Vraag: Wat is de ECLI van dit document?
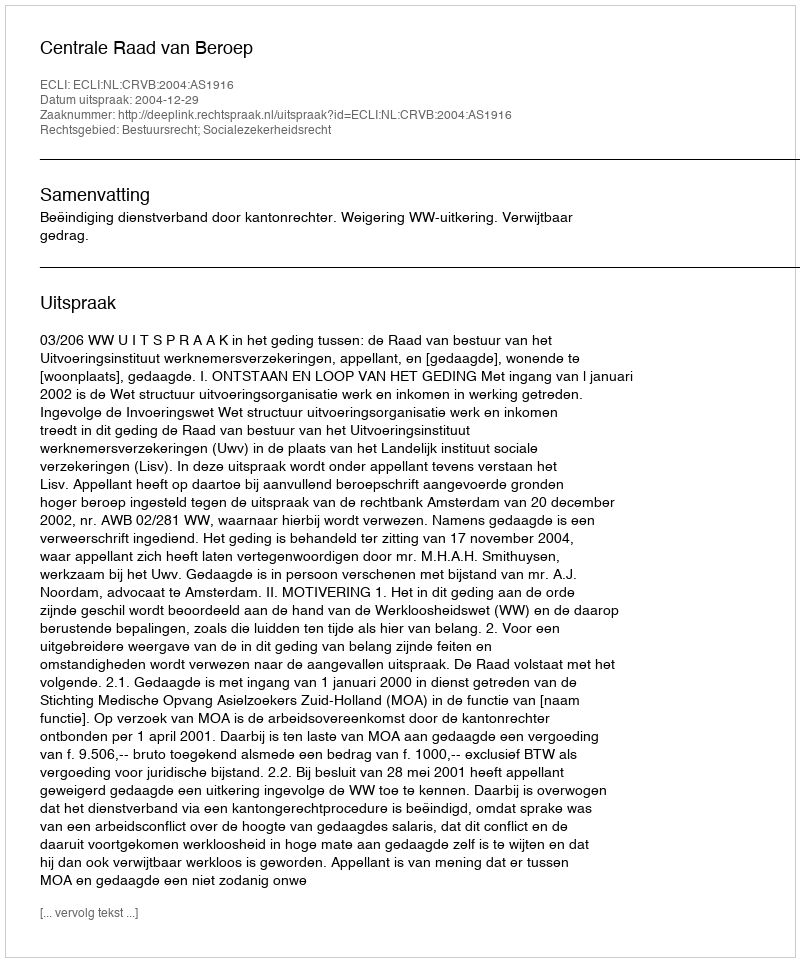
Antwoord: ECLI:NL:CRVB:2004:AS1916